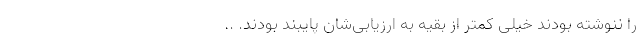
را ننوشته بودند خیلی کمتر از بقیه به ارزیابی‌شان پایبند بودند. ..